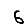
Digit: 6